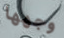
وجهها